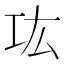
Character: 𰏊